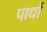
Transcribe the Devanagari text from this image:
पाधों